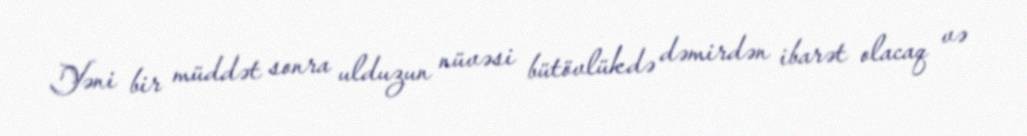
Yəni bir müddət sonra ulduzun nüvəsi bütövlükdə dəmirdən ibarət olacaq və